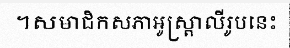
។សមាជិកសភាអូស្ត្រាលីរូបនេះ